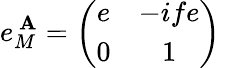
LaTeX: e_{M}^{~\mathbf{A}}=\left(\begin{array}{cc}{{e}}&{{-ife}}\\ {{0}}&{{1}}\end{array}\right)\,